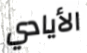
الأيادي